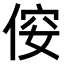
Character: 𠊢